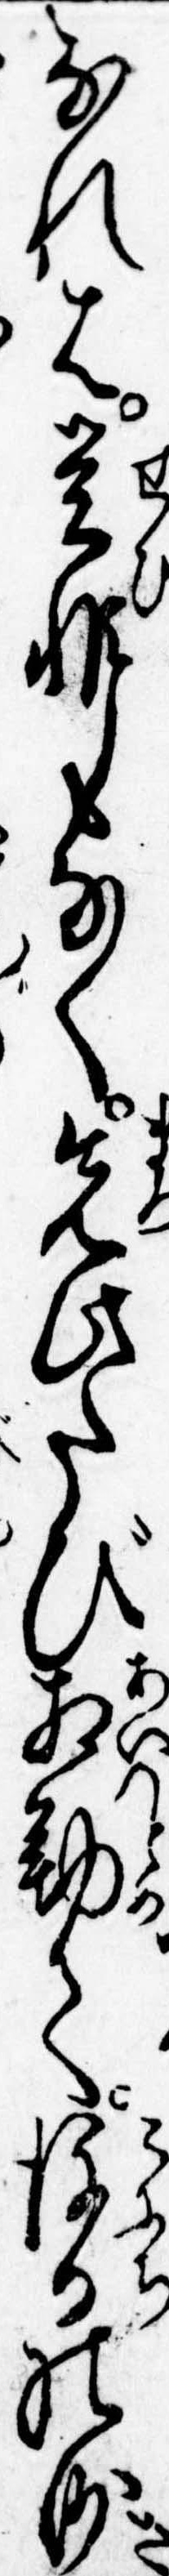
なれは是非もなく先此たび相勤て後日の沙